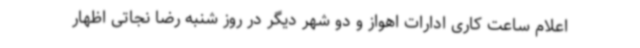
اعلام ساعت کاری ادارات اهواز و دو شهر دیگر در روز شنبه رضا نجاتی اظهار